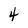
Character: 4